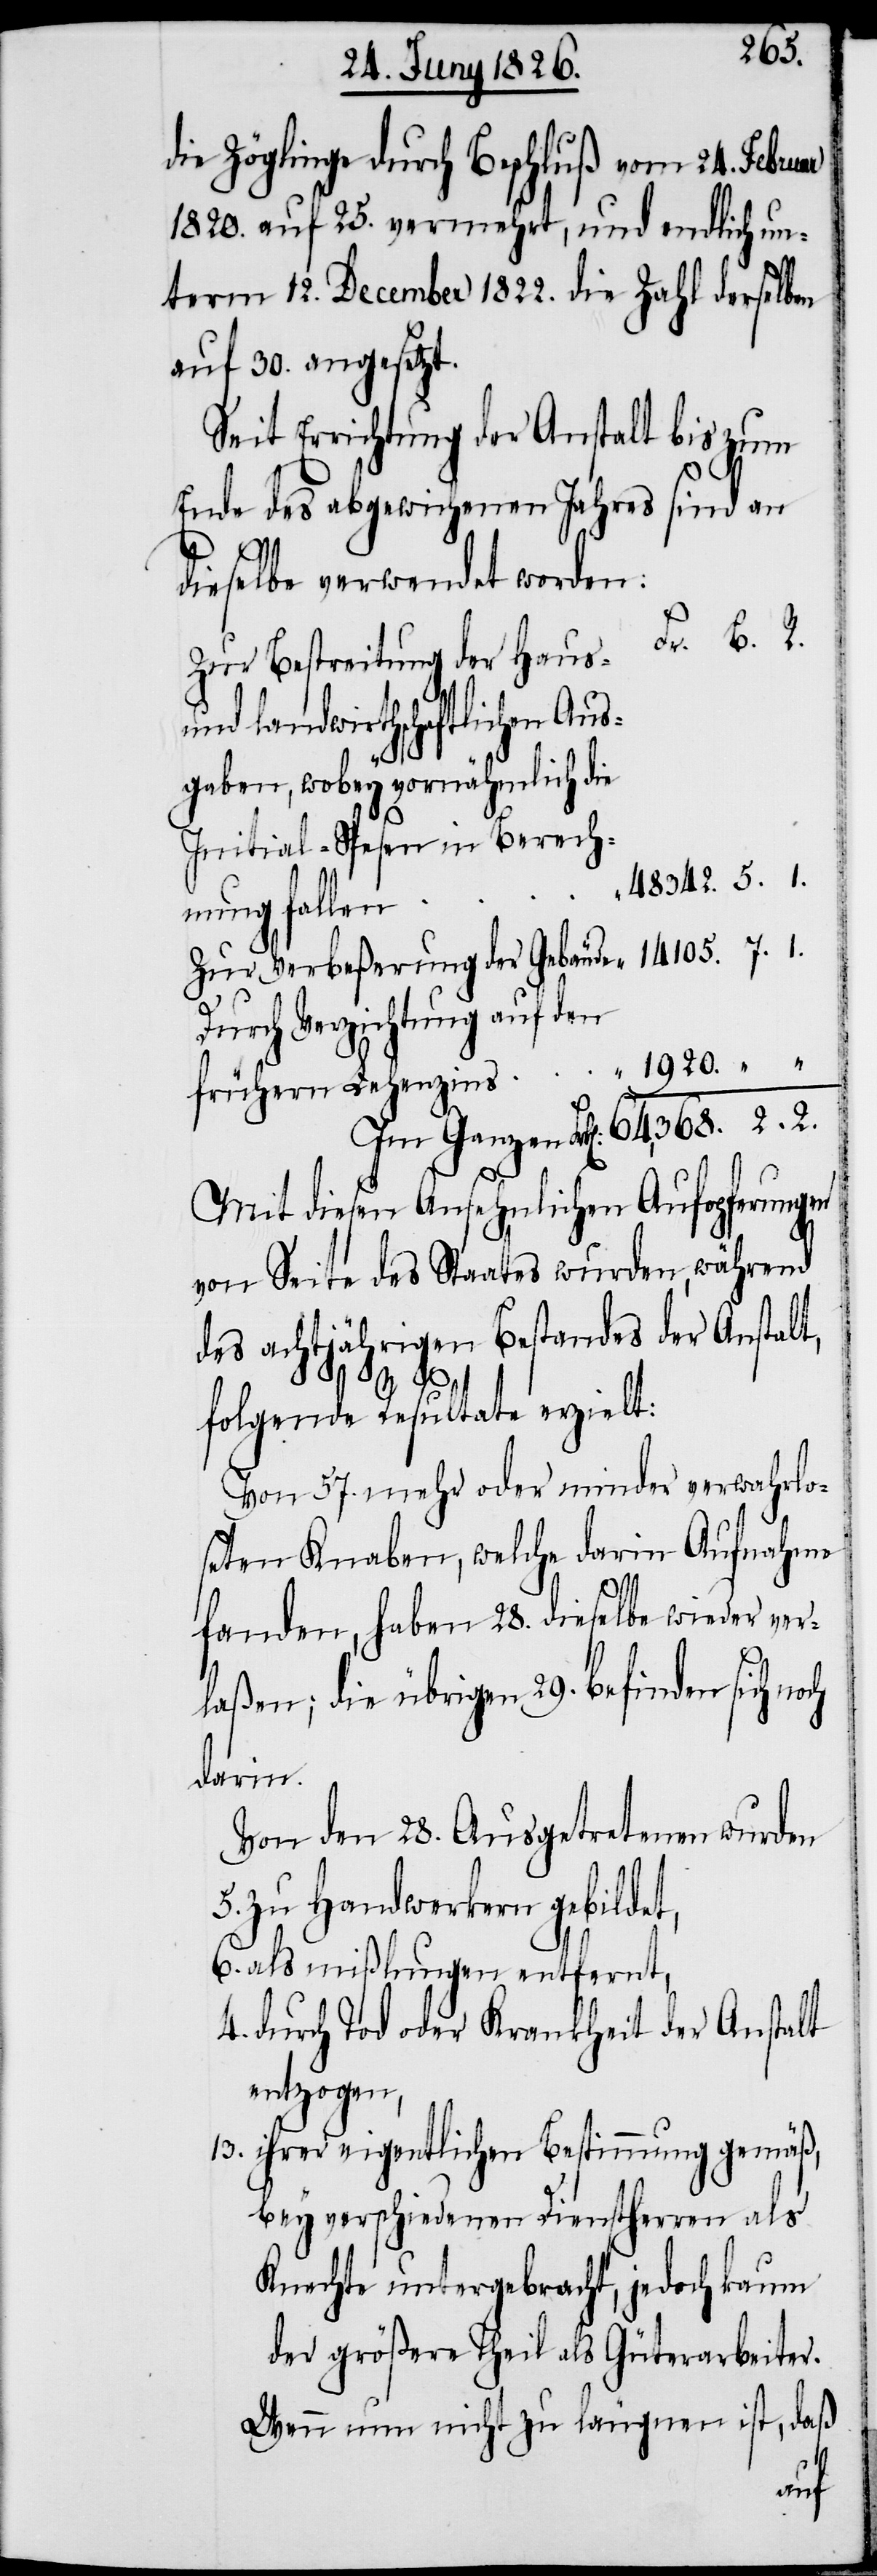
105.
die Zöglinge durch Beschluß vom 24. Februar
1820. auf 25. vermehrt, und endlich un¬
term 12. December 1822. die Zahl derselben
auf 30. angesetzt.
Seit Errichtung der Anstalt bis zum
Ende des abgewichenen Jahres sind an
2.
dieselbe verwendet worden:
Zur Bestreitung der haus-
und landwirthschaftlichen Aus¬
gaben, wobey vornähmlich die
Initial-Spesen in Berech¬
Lehenzins
nung fallen
Zur Verbeßerung der Gebäude
Durch Verzichtung auf den
Im Ganzen Frk[en]:
Mit diesen Ansehnlichen Aufopferungen
von Seite des Staates wurden während
des achtjährigen Bestandes der Anstalt,
folgende Resultate erzielt:
Von 57. mehr oder minder verwahrlo¬
sten Knaben, welche darin Aufnahme
fanden, haben 28. dieselbe wieder ver¬
laßen; die übrigen 29. befinden sich noch
darin.
Von den 28. Ausgetretenen wurden
5. 	zu Handwerkern gebildet,
als mißlungen entfernt,
durch Tod oder Krankheit der Anstalt
entzogen,
13.	ihrer eigentlichen Bestimmung gemäß,
bey verschiedenen Deinstherren als
Knechte untergebracht, jedoch kaum
der größere Theil als Güterarbeiter.
Wenn nun nicht zu läugnen ist, daß